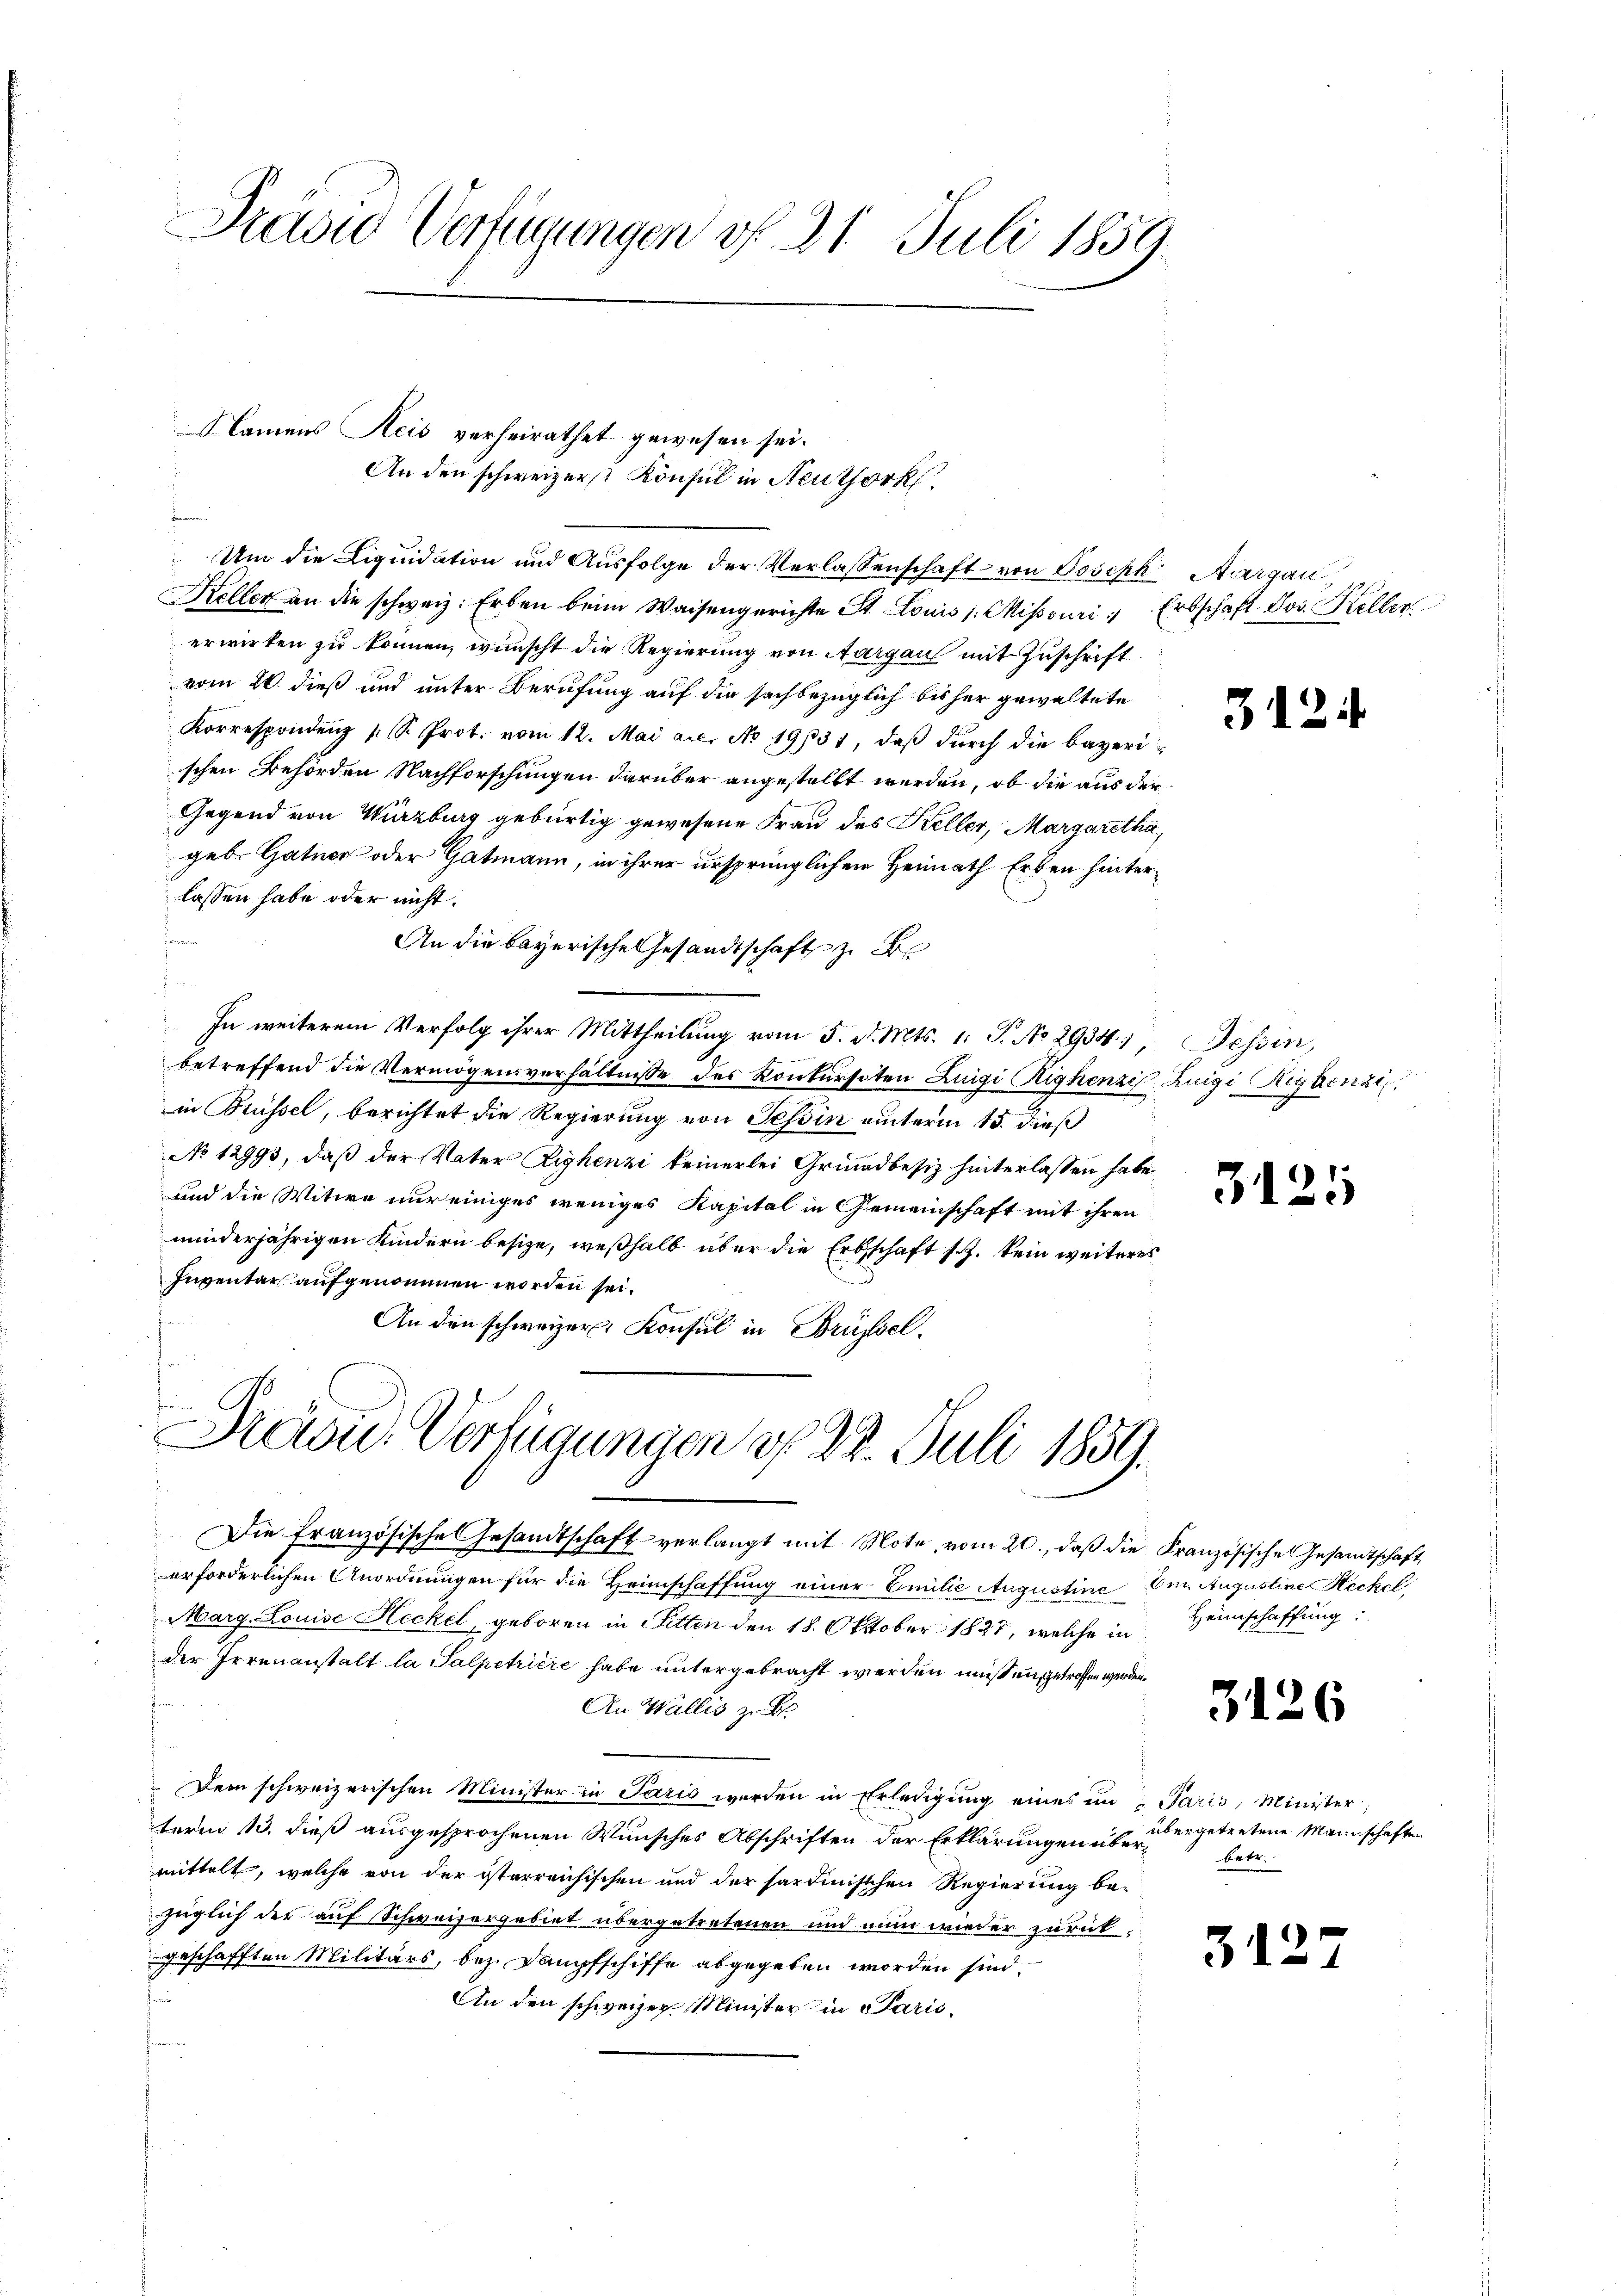
Pravid Verfügungen v. 21. Juli 1859.

An den schweizerst Konsul in Neuthork
Um die Liquidation und Ausfolge der Verlassenschaft von Joseph Aargau,
Keller an die schweiz. Erben beim Waisengerichte St. Louis /: Misouri, Erbschaft Jos. Keller
erwirken zu können, wünscht die Regierung von Aargau mit Zuschrift
vom 20. dieß und unter Berufung auf die sachbezüglich bisher gewaltete
Korrespondenz (S. Prot. vom 12. Mai a.c. No 19131, daβ dŭrch die bayerischen Behörden Nachforschungen darüber angestellt werden, ob die aus der
Gegend von Würzburg gebürtig gewesene Frau des Keller, Margaretha
geb. Gatner oder Gatmann, in ihrer ursprünglichen Heimath Erben hinterlassen habe oder nicht.
n
An die bayerische Gesandtschaft z. B
e
In weiterem Verfolg ihrer Mittheilung vom 5. d. Mts. 1. J. No 2934. Tessin,
betreffend die Vermögensverhältnisse des Kontersten Luigi Righenzi, Kuigi Rigainzi
in Brüssel, berichtet die Regierung von Tessin unterm 15. dieß
No 12993, daß der Vater Zighenzi keinerlei Grundbesiz hinterlassen habe
und die Witwe nur einiges weniges Kapital in Gemeinschaft mit ihren
minderjährigen Kindern besize, weßhalb über die Erbschaft s.Z. kein weiteres
Inventar aufgenommen worden sei.
An den schweizer Konsul in Brüssel¬

Namens Heis verheirathet gewesen sei.

d

Drau. Verfügungen d. 22. Juli 1859.

Die Französische Gesandtschaft verlangt mit Note vom 20., daß die Kranzösische Gesandtschaft
erforderlichen Anordnungen für die Heimschaffung einer Emilie Augustine Em. Augustine Heckel,
Marg. Louise Heckel, geboren in Sitten den 18. Oktober 1827, welche in
der Irrenanstalt la Salpetriere habe untergebracht werden muß angetroffen werden.
An Wallis zu br
Dem schweizerischen Minister in Paris werden in Erledigung eines in u Paris, Minister,
term 13. dieß ausgesprochenen Wunsches Abschriften der Erklärungen ich zu ergetretene Mannschaften
mittelt, welche von der isterreichischen und der sardinischen Regierung be-
züglich der auf Schweizergebiet übergetretenen und nun wieder zurückgeschafften Militärs, bez. Dampfschiffe abgegeben worden sind.
An den schweizer Minister in Paris¬

312.

3125

Heimschaffung:

3126

betr.

313